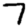
Digit: 7